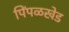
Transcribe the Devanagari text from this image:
पिंपळखेड